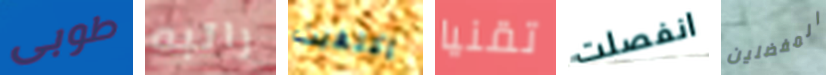
طوبى راتبه إكتفيت تقنيا انفصلت المفضلين